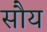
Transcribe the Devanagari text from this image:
सौय